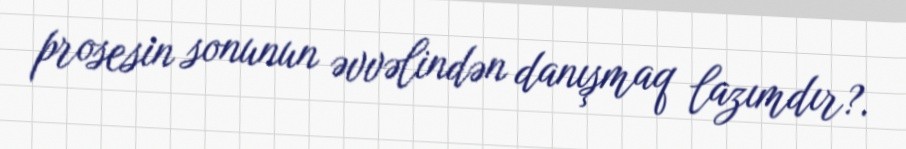
prosesin sonunun əvvəlindən danışmaq lazımdır?.